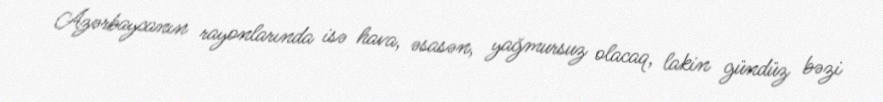
Azərbaycanın rayonlarında isə hava, əsasən, yağmursuz olacaq, lakin gündüz bəzi